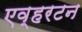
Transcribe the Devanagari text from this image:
एव्हरटन